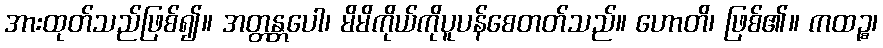
အားထုတ်သည်ဖြစ်၍။ အတ္တန္တပေါ၊ မိမိကိုယ်ကိုပူပန်စေတတ်သည်။ ဟောတိ၊ ဖြစ်၏။ ကထဉ္စ၊